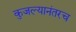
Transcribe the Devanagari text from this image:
कुजल्यानंतरच